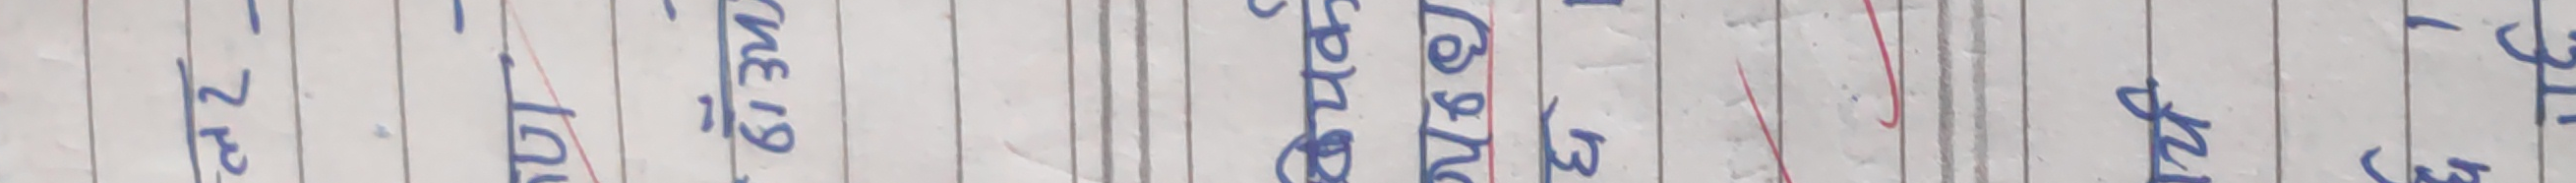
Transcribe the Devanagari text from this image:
बनेर